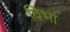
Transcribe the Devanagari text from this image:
विभां